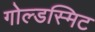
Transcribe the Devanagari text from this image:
गोल्डस्मिट